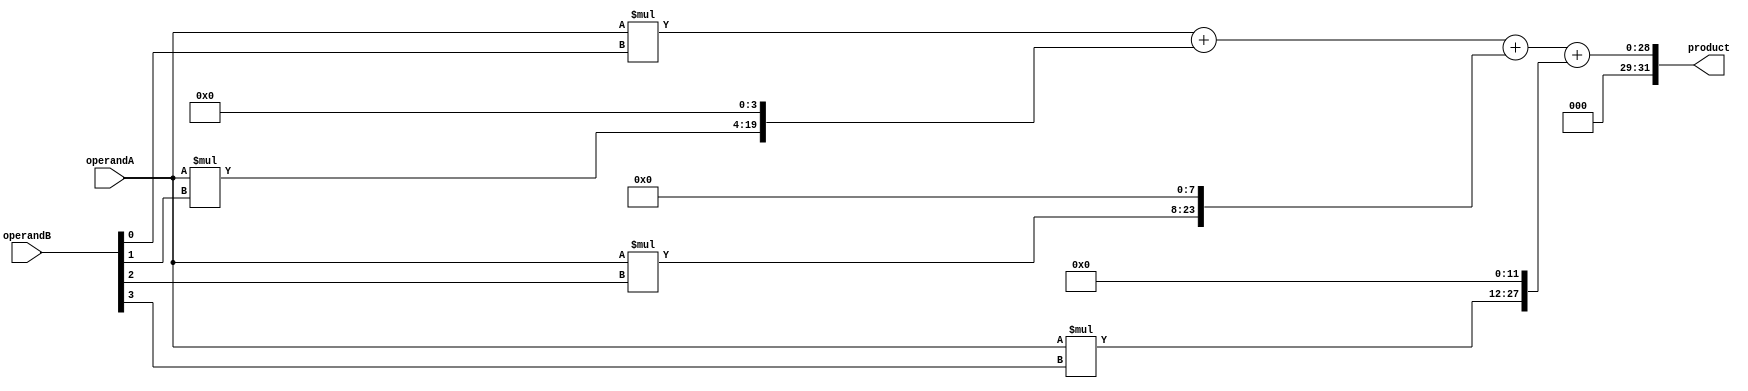
module Radix4Multiplier(
    input [15:0] operandA,
    input [15:0] operandB,
    output reg [31:0] product
);

reg [15:0] partialProduct[3:0];
reg [31:0] finalProduct;

// Radix-4 Booth Encoder
always @(*) begin
    partialProduct[0] = operandA * (operandB[0]);
    partialProduct[1] = operandA * (operandB[1]);
    partialProduct[2] = operandA * (operandB[2]);
    partialProduct[3] = operandA * (operandB[3]);
end

// Radix-4 Booth Encoder Controller
always @(*) begin
    finalProduct = partialProduct[0] + (partialProduct[1] << 4) + (partialProduct[2] << 8) + (partialProduct[3] << 12);
end

// Register for storing final product
always @(*) begin
    product = finalProduct;
end

endmodule